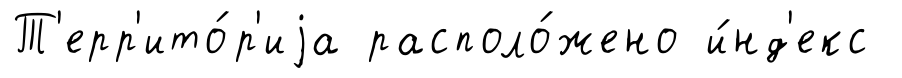
Т'ерр'ито́р'иjа располо́жено и́нд'екс